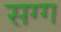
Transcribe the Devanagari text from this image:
सग्ग